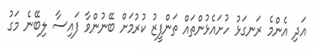
އަދި އެންމެ ރަނގަޅު ހުށައެޅުންތައް ތަންފީޒު ކުރުމަށް ބޭނުންވާ ފައިސާ ލިބޭނެ މަގު